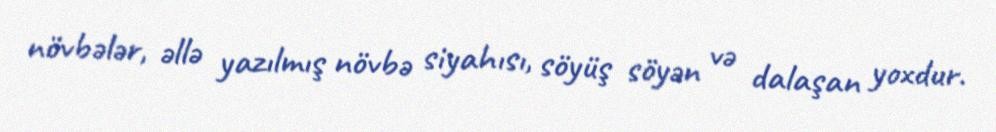
növbələr, əllə yazılmış növbə siyahısı, söyüş söyən və dalaşan yoxdur.